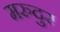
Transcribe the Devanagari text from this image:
मरुदुर